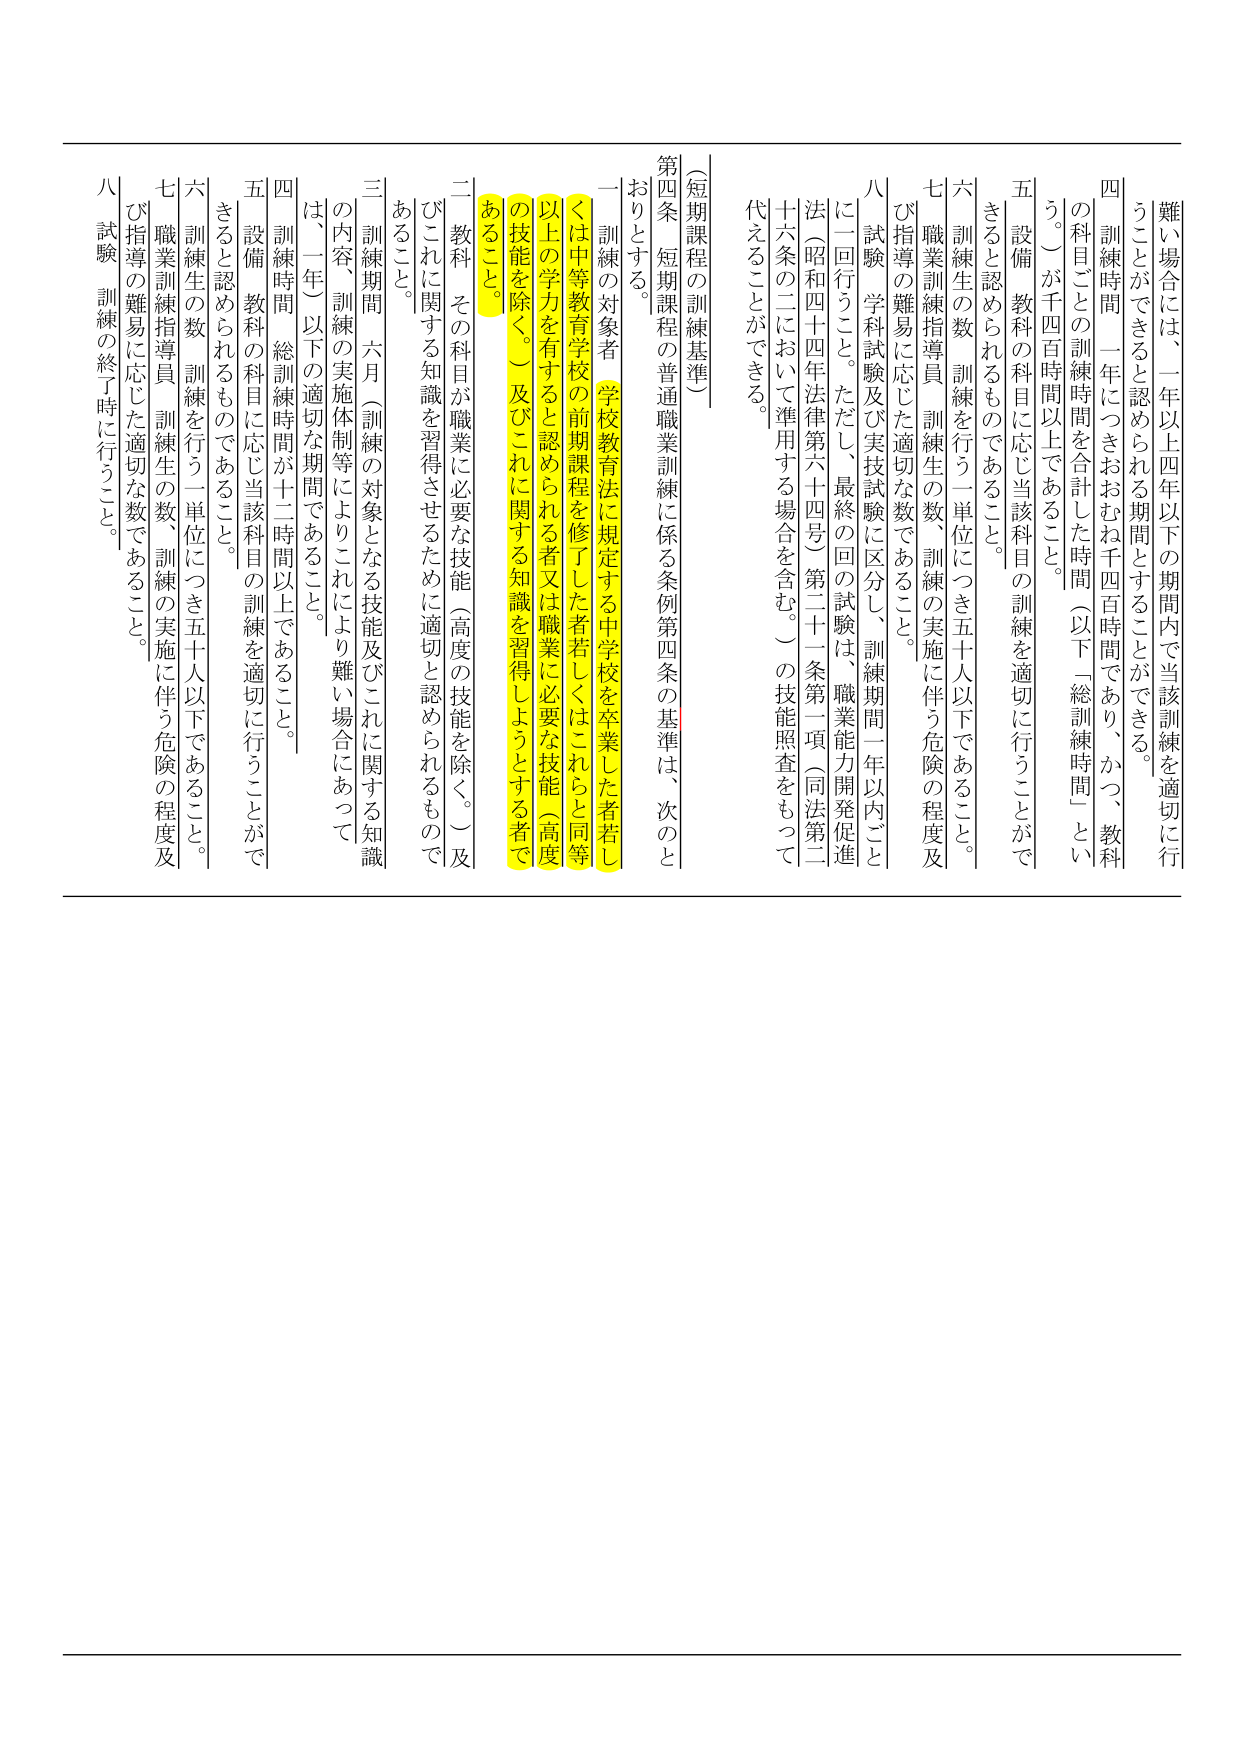
難い場合には、一年以上四年以下の期間内で当該訓練を適切に行うことができるとき認められる期間とすることができる。

四 訓練時間 一年につきおおむね千四百時間であり、かつ、教科の科目ごとの訓練時間を合計した時間（以下「総訓練時間」という。）が千四百時間以上であること。

五 設備 教科の科目に応じ当該科目の訓練を適切に行うことができるとき認められるものであること。

六 訓練生の数 訓練を行う一単位につき五十人以下であること。

七 職業訓練指導員 訓練生の数、訓練の実施に伴う危険の程度及び指導の難易に応じた適切な数であること。

八 試験 学科試験及び実技試験に区分し、訓練期間一年以内ごとに一回行うこと。ただし、最終の回の試験は、職業能力開発促進法（昭和四十四年法律第六十四号）第二十一条第一項（同法第二十六条の二において準用する場合を含む。）の技能照査をもって代えることができる。

（短期課程の訓練基準）

第四条 短期課程の普通職業訓練に係る条例第四条の基準は、次のとおりとする。

一 訓練の対象者 学校教育法に規定する中学校を卒業した者若しくは中等教育学校の前期課程を修了した者若しくはこれらと同等以上の学力を有すると認められる者又は職業に必要な技能（高度の技能を除く。）及びこれに関する知識を習得しようとする者であること。

二 教科 その科目が職業に必要な技能（高度の技能を除く。）及びこれに関する知識を習得させるために適切と認められるものであること。

三 訓練期間 六月（訓練の対象となる技能及びこれに関する知識の内容、訓練の実施体制等によりこれにより難しい場合にあっては、一年）以下の適切な期間であること。

四 訓練時間 総訓練時間が十二時間以上であること。

五 設備 教科の科目に応じ当該科目の訓練を適切に行うことができるとき認められるものであること。

六 訓練生の数 訓練を行う一単位につき五十人以下であること。

七 職業訓練指導員 訓練生の数、訓練の実施に伴う危険の程度及び指導の難易に応じた適切な数であること。

八 試験 訓練の終了時に行うこと。